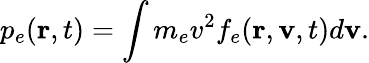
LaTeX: p_{e}(\textbf{r},t)=\int m_{e}v^{2}f_{e}(\textbf{r},\textbf{v},t)d\textbf{v}.